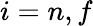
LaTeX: i=n,f